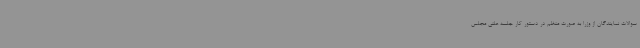
سوالات نمایندگان از وزرا به صورت منظم در دستور کار جلسه علنی مجلس